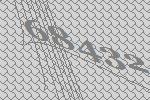
68432